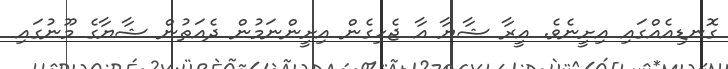
ގޮނޑިއެއްގައި އިށީނެވެ. އީރާ ޝާޔާ އާ ޖެހިގެން އިށީންނަމުން ދެއަތުން ޝާޔާގެ މޫނުގައި